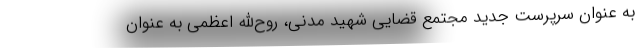
به عنوان سرپرست جدید مجتمع قضایی شهید مدنی، روح‌الله اعظمی به عنوان